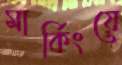
মার্কিংয়ে